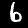
Digit: 6